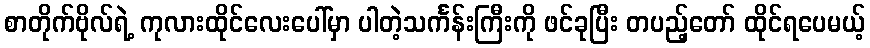
စာတိုက်ဗိုလ်ရဲ့ ကုလားထိုင်လေးပေါ်မှာ ပါတဲ့သင်္ကန်းကြီးကို ဖင်ခုပြီး တပည့်တော် ထိုင်ရပေမယ့်